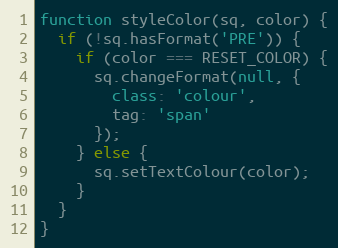
Language: JavaScript
function styleColor(sq, color) {
  if (!sq.hasFormat('PRE')) {
    if (color === RESET_COLOR) {
      sq.changeFormat(null, {
        class: 'colour',
        tag: 'span'
      });
    } else {
      sq.setTextColour(color);
    }
  }
}